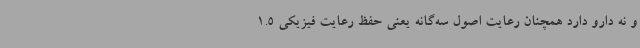
و نه دارو دارد همچنان رعایت اصول سه‌گانه یعنی حفظ رعایت فیزیکی 1.5